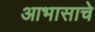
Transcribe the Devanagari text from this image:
आभासाचे